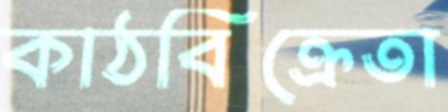
কাঠবিক্রেতা